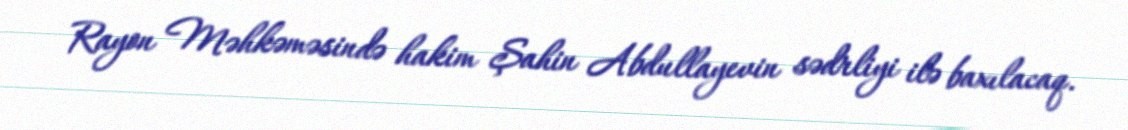
Rayon Məhkəməsində hakim Şahin Abdullayevin sədrliyi ilə baxılacaq.